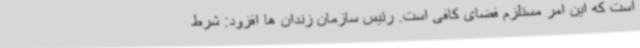
است که این امر مستلزم فضای کافی است. رئیس سازمان زندان ها افزود: شرط